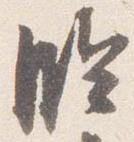
臨